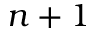
n + 1